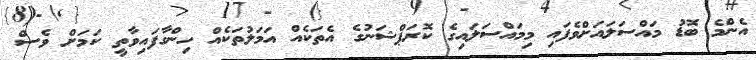
އެންމެ ބޮޑު މައްސަލައަށްވެފައި މިމައްސަލައިގެ ކޮރަޕްޝަނުގެ އެތަކެއް އަމަލުތަކެއް ހިންގާފައިވާތީ ކަމަށް ވެސް